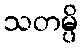
သတမ္ပိ